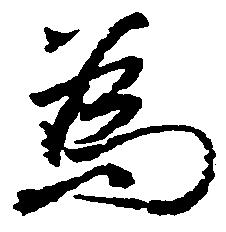
為